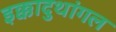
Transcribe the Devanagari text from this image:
इक्कादुथांगल